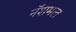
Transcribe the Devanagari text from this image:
नॅशमल